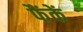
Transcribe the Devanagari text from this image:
फैंकें